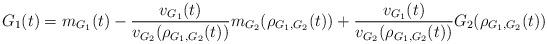
LaTeX: \begin{align*}G_1(t)=m_{G_1}(t)-\frac{v_{G_1}(t)}{v_{G_2}(\rho_{G_1,G_2}(t))}m_{G_2}(\rho_{G_1,G_2}(t))+\frac{v_{G_1}(t)}{v_{G_2}(\rho_{G_1,G_2}(t))}G_2(\rho_{G_1,G_2}(t))\end{align*}